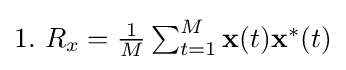
\textstyle 1.\ R_{x}={\frac {1}{M}}\sum _{t=1}^{M}\mathbf {x} (t)\mathbf {x} ^{*}(t)